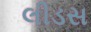
લીડસ